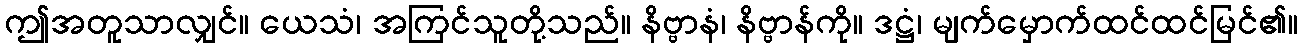
ဤအတူသာလျှင်။ ယေသံ၊ အကြင်သူတို့သည်။ နိဗ္ဗာနံ၊ နိဗ္ဗာန်ကို။ ဒဋ္ဌံ၊ မျက်မှောက်ထင်ထင်မြင်၏။